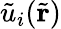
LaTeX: \tilde{u}_{i}(\tilde{\mathbf{r}})